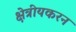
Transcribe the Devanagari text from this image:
क्षेत्रीयकरन